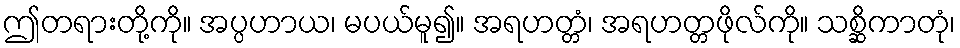
ဤတရားတို့ကို။ အပ္ပဟာယ၊ မပယ်မူ၍။ အရဟတ္တံ၊ အရဟတ္တဖိုလ်ကို။ သစ္ဆိကာတုံ၊